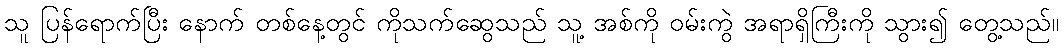
သူ ပြန်ရောက်ပြီး နောက် တစ်နေ့တွင် ကိုသက်ဆွေသည် သူ့ အစ်ကို ဝမ်းကွဲ အရာရှိကြီးကို သွား၍ တွေ့သည်။